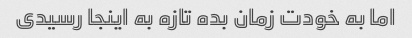
اما به خودت زمان بده تازه به اینجا رسیدی